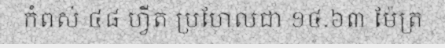
កំពស់ ៤៨ ហ្វីត ប្រហែលជា ១៤.៦៣ ម៉ែត្រ